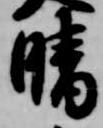
晴